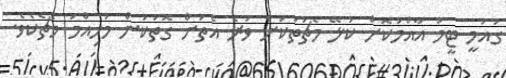
ގައުމީ ޓީމު އާއްމުކޮށް ކުޅޭ މެޗުތަކަށް ވުރެ އެތަށް ގޮތަކުން މުހިއްމު މެޗެކެވެ.